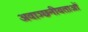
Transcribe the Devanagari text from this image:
अवाञ्छनीयताओं